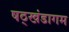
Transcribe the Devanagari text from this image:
षठ्खंडागम